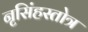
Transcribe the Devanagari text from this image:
नृसिंहस्तोत्र